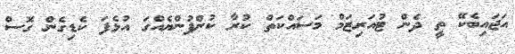
އަޖައިބެކޭ ތީ ދެން ޓުއަރިޒަމް މަސައްކަތް ކުރާ ކުންފުންޔެއްގަ އުޅެފަ ކެޑިގެން ގޮސް